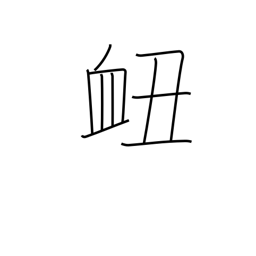
Meaning: nosebleed